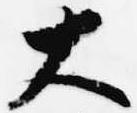
大